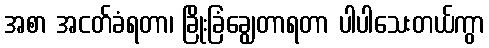
အစာ အငတ်ခံရတာ၊ ခြိုးခြံချွေတာရတာ ပါပါသေးတယ်ကွာ